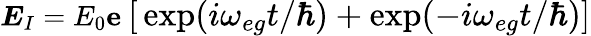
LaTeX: \boldsymbol{E}_{I}=E_{0}\boldsymbol{\mathbf{e}}\ \large{[}\exp(i\omega_{eg}t/\hbar)+\exp(-i\omega_{eg}t/\hbar)\large{]}